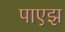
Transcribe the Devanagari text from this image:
पाएझ